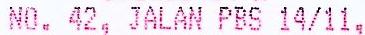
NO. 42, JALAN PBS 14/11,